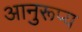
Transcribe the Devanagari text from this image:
आनुरूप्य